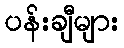
ပန်းချီများ